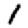
Digit: 1